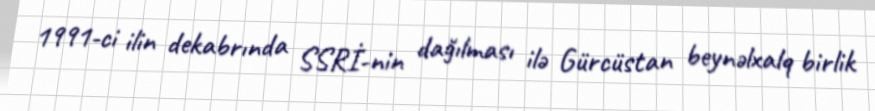
1991-ci ilin dekabrında SSRİ-nin dağılması ilə Gürcüstan beynəlxalq birlik